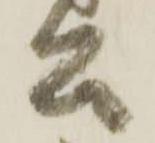
公